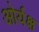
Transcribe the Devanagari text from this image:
ओर्यक्ष